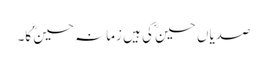
صدیاں حسینؓ کی ہیں زمانہ حسینؓ کا۔